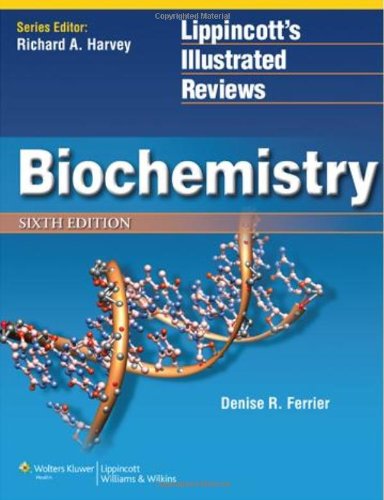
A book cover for Biochemistry (Lippincott Illustrated Reviews Series); Denise R. Ferrier PhD; Test Preparation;